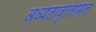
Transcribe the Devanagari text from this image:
अध्येतावृत्तिमिल